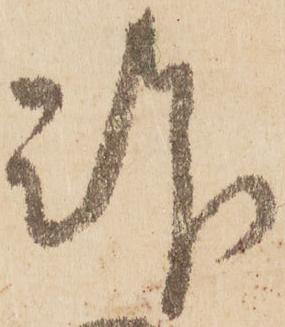
拝